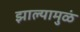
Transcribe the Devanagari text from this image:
झाल्यामुळं